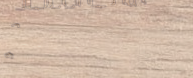
مكتب المحاماة القانوني يق